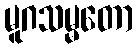
မူဂသမ္မတော